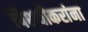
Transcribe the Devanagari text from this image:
पिशवीकरांना